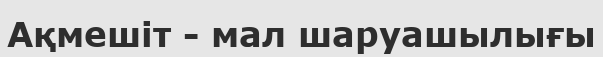
Ақмешіт - мал шаруашылығы